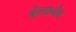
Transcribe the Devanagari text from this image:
बेल्कनैप